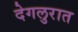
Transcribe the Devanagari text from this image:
देगलुरात